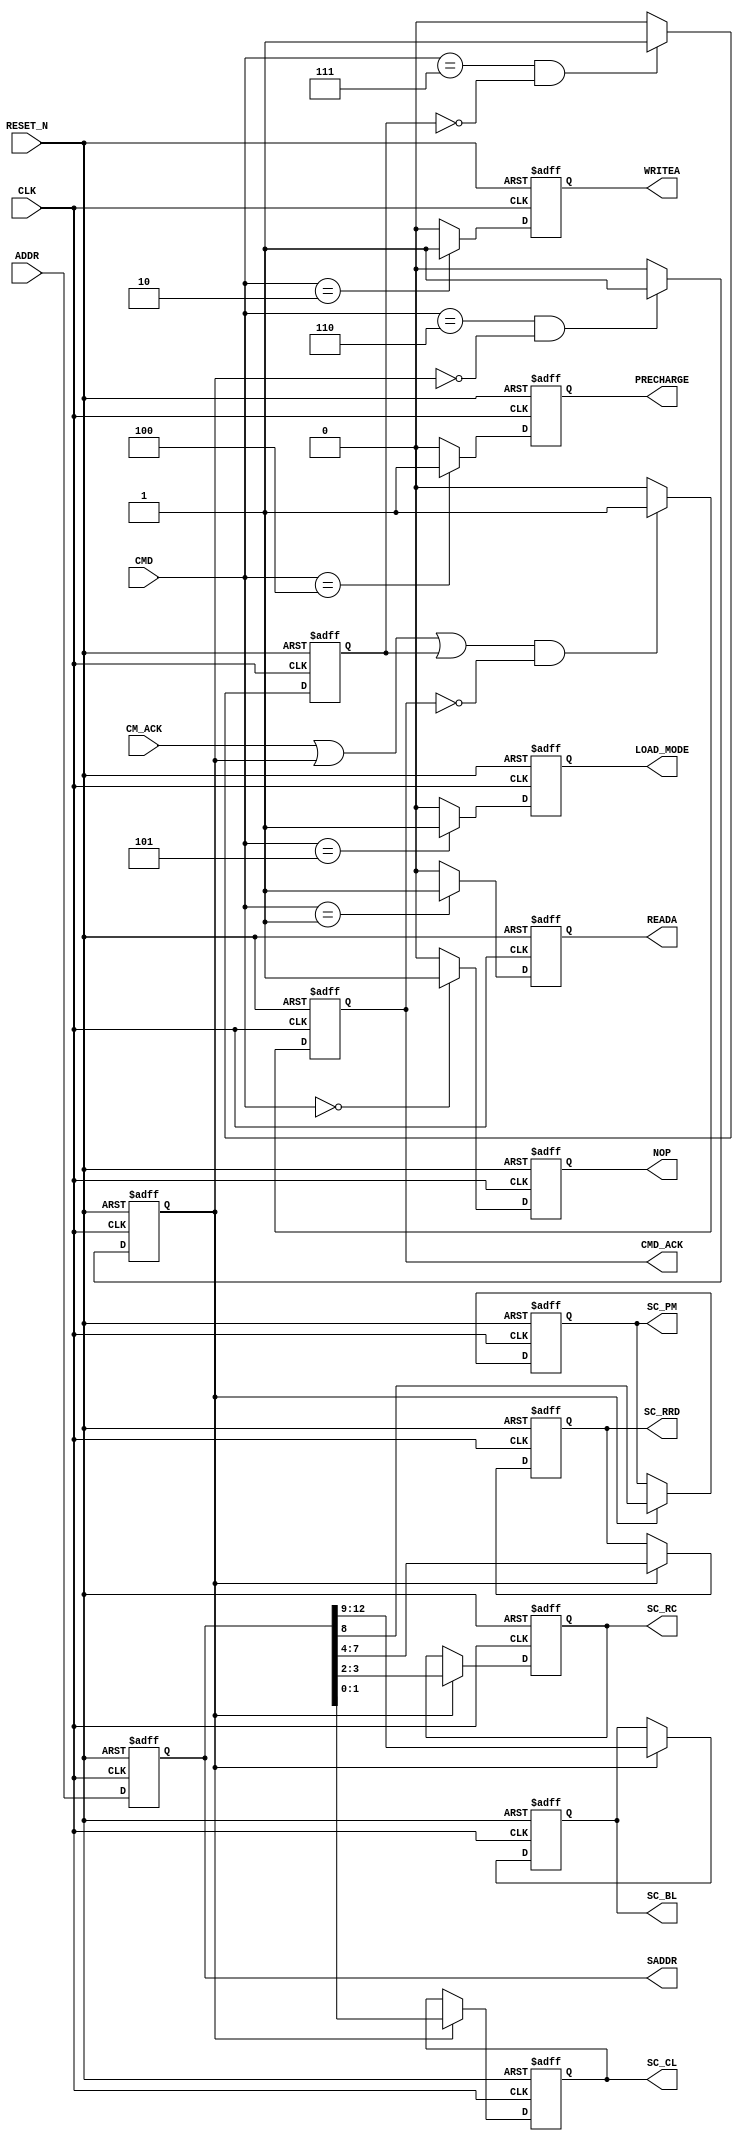
// This program was cloned from: https://github.com/verimake-team/SparkRoad-V
// License: MIT License




module control_interface(CLK, RESET_N, CMD, ADDR, CM_ACK, NOP, READA, WRITEA, PRECHARGE, LOAD_MODE, SADDR, SC_CL, SC_RC, SC_RRD, SC_PM, SC_BL, CMD_ACK);
   
   parameter          ASIZE = 21;
   
   input              CLK;
   input              RESET_N;
   input [2:0]        CMD;
   input [ASIZE-1:0]  ADDR;
   input              CM_ACK;
   output             NOP;
   reg                NOP;
   output             READA;
   reg                READA;
   output             WRITEA;
   reg                WRITEA;
   output             PRECHARGE;
   reg                PRECHARGE;
   output             LOAD_MODE;
   reg                LOAD_MODE;
   output [ASIZE-1:0] SADDR;
   output [1:0]       SC_CL;
   reg [1:0]          SC_CL;
   output [1:0]       SC_RC;
   reg [1:0]          SC_RC;
   output [3:0]       SC_RRD;
   reg [3:0]          SC_RRD;
   output             SC_PM;
   reg                SC_PM;
   output [3:0]       SC_BL;
   output             CMD_ACK;
   
   
   reg                LOAD_REG1;
   reg                LOAD_REG2;
   reg [ASIZE-1:0]    SADDR_int;
   reg                CMD_ACK_int;
   reg [3:0]          SC_BL_int;
   
   
   always @(posedge CLK or negedge RESET_N)
      if (RESET_N == 1'b0)
      begin
         NOP <= 1'b0;
         READA <= 1'b0;
         WRITEA <= 1'b0;
         PRECHARGE <= 1'b0;
         LOAD_MODE <= 1'b0;
         LOAD_REG1 <= 1'b0;
         LOAD_REG2 <= 1'b0;
         SADDR_int <= {ASIZE{1'b0}};
      end
      else 
      begin
         SADDR_int <= ADDR;
         
         if (CMD == 3'b000)
            NOP <= 1'b1;
         else
            NOP <= 1'b0;
         
         if (CMD == 3'b001)
            READA <= 1'b1;
         else
            READA <= 1'b0;
         
         if (CMD == 3'b010)
            WRITEA <= 1'b1;
         else
            WRITEA <= 1'b0;
         
         
         if (CMD == 3'b100)
            PRECHARGE <= 1'b1;
         else
            PRECHARGE <= 1'b0;
         
         if (CMD == 3'b101)
            LOAD_MODE <= 1'b1;
         else
            LOAD_MODE <= 1'b0;
         
         if ((CMD == 3'b110) & (LOAD_REG1 == 1'b0))
            LOAD_REG1 <= 1'b1;
         else
            LOAD_REG1 <= 1'b0;
         
         if ((CMD == 3'b111) & (LOAD_REG2 == 1'b0))
            LOAD_REG2 <= 1'b1;
         else
            LOAD_REG2 <= 1'b0;
      end
   
   
   always @(posedge CLK or negedge RESET_N)
      if (RESET_N == 1'b0)
      begin
         SC_CL <= {2{1'b0}};
         SC_RC <= {2{1'b0}};
         SC_RRD <= {4{1'b0}};
         SC_PM <= 1'b0;
         SC_BL_int <= {4{1'b0}};
      end
      
      else 
      begin
         if (LOAD_REG1 == 1'b1)
         begin
            SC_CL <= SADDR_int[1:0];
            SC_RC <= SADDR_int[3:2];
            SC_RRD <= SADDR_int[7:4];
            SC_PM <= SADDR_int[8];
            SC_BL_int <= SADDR_int[12:9];
         end
      end
   
   assign SADDR = SADDR_int;
   assign SC_BL = SC_BL_int;
//	assign REF_REQ = 1'b0;
   
   
   always @(posedge CLK or negedge RESET_N)
      if (RESET_N == 1'b0)
         CMD_ACK_int <= 1'b0;
      else 
      begin
         if (((CM_ACK == 1'b1) | (LOAD_REG1 == 1'b1) | (LOAD_REG2 == 1'b1)) & (CMD_ACK_int == 1'b0))
            CMD_ACK_int <= 1'b1;
         else
            CMD_ACK_int <= 1'b0;
      end
   
   assign CMD_ACK = CMD_ACK_int;
   
endmodule